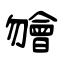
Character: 𣍐